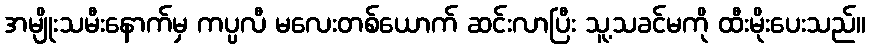
အမျိုးသမီးနောက်မှ ကပ္ပလီ မလေးတစ်ယောက် ဆင်းလာပြီး သူ့သခင်မကို ထီးမိုးပေးသည်။